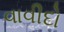
વાવીદો